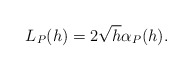
\begin{align*} L_P(h)=2\sqrt{h}\alpha_P(h). \end{align*}